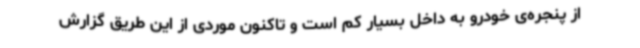
از پنجره‌ی خودرو به داخل بسیار کم است و تاکنون موردی از این طریق گزارش